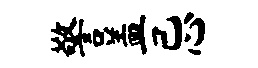
警盖忌